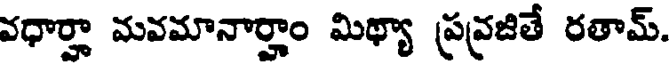
వధార్హా మవమానార్హాం మిథ్యా ప్రవ్రజితే రతామ్.